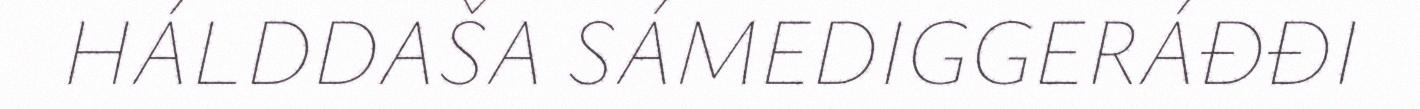
HÁLDDAŠA SÁMEDIGGERÁĐĐI